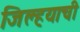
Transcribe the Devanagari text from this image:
जिल्हयाची